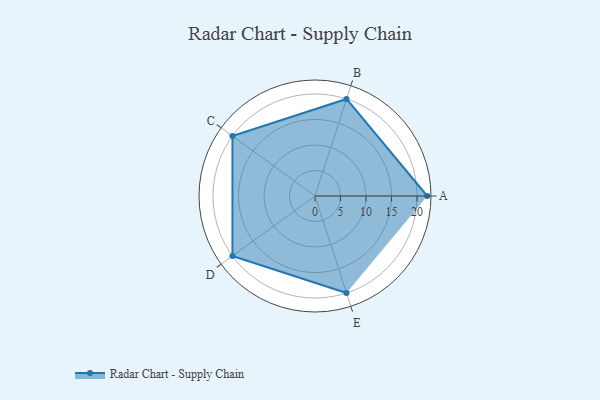
{"axis": {"x": "Skill", "y": "Score"}, "legend": ["Profile"], "data": [{"x": "A", "y": 22.0, "type": "Profile"}, {"x": "B", "y": 20, "type": "Profile"}, {"x": "C", "y": 20, "type": "Profile"}, {"x": "D", "y": 20, "type": "Profile"}, {"x": "E", "y": 20, "type": "Profile"}]}